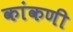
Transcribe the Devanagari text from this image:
कांकणी